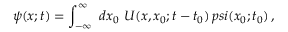
\psi ( x ; t ) = \int _ { - \infty } ^ { \infty } \ d x _ { 0 } \ { \cal U } ( x , x _ { 0 } ; t - t _ { 0 } ) \, p s i ( x _ { 0 } ; t _ { 0 } ) \, ,